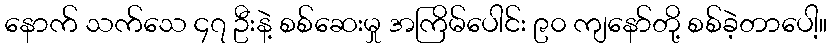
နောက် သက်သေ ၄၇ ဦးနဲ့ စစ်ဆေးမှု အကြိမ်ပေါင်း ၉၀ ကျနော်တို့ စစ်ခဲ့တာပေါ့။